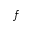
f